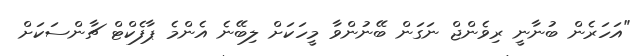
"އަހަރެން ބުނާނީ ރިވެންޖް ނަގަން ބޭނުންވާ މީހަކަށް ލިބޭނެ އެންމެ ޕާފެކްޓް ޗާންސަކަށް